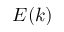
E ( k )